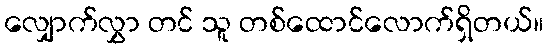
လျှောက်လွှာ တင် သူ တစ်ထောင်လောက်ရှိတယ်။